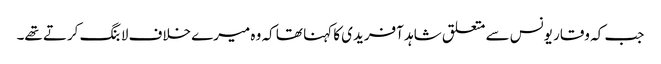
جب کہ وقار یونس سے متعلق شاہد آفریدی کا کہنا تھا کہ وہ میرے خلاف لابنگ کرتے تھے۔